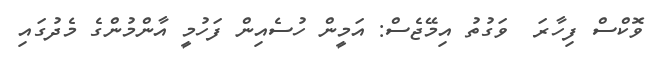
ވޮކްސް ފިހާރަ  ވަގުތު އިމޭޖެސް: އަމީން ހުސެއިން ފަހުމީ އާންމުންގެ މެދުގައި